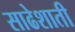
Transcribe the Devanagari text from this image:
साढेशाती